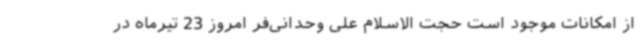
از امکانات موجود است حجت الاسلام علی وحدانی‌فر امروز 23 تیرماه در